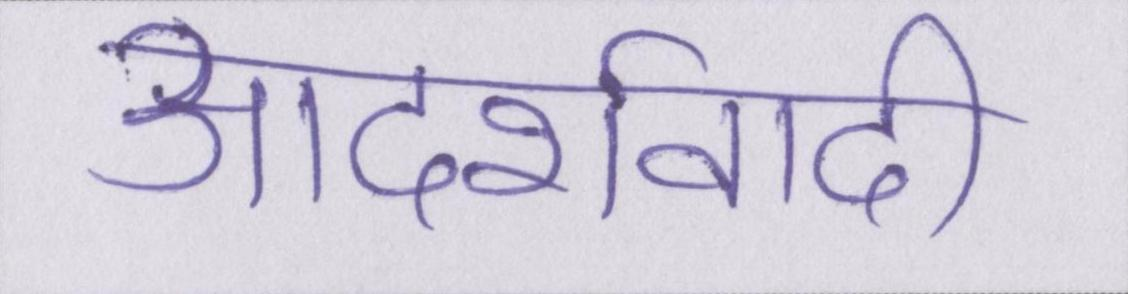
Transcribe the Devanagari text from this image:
आदर्शवादी